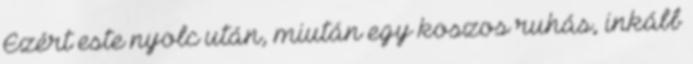
Ezért este nyolc után, miután egy koszos ruhás, inkább